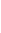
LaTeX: s\! \! \! \! \! \! \! \! \! \! \! \! =\! \! \! \! \! \! \! \! \! \! \! \! \sigma\! \! \! \! \! \! \! \! \! \! \! \! _{\! }\! \! \! \! \! \! \! \! \! \! \! 1\! \! \! \! \! \! \! \! \! \! \! \! (u\! \! \! \! \! \! \! \! \! \! \! \! )\! \! \! \! \! \! \! \! \! \! \! \! \! \! \! \! \! \! \! \! \! \! \! \! :\! \! \! \! \! \! \! \! \! \! \! \! =\! \! \! \! \! \! \! \! \! \! \! \! (\! \! \! \! \! \! \! \! \! \! \! \! 1\! \! \! \! \! \! \! \! \! \! \! \! -\! \! \! \! \! \! \! \! \! \! \! \! \phi\! \! \! \! \! \! \! \! \! \! \! \! ^{\! \! \! \! \! \! \! \! \! \! \! \! -\! \! \! \! \! \! \! \! \! \! \! \! 1}\! \! \! \! \! \! \! \! \! \! \! \! (u\! \! \! \! \! \! \! \! \! \! \! \! \! \! \! \! \! \! \! \! \! \! \! \! +\! \! \! \! \! \! \! \! \! \! \! \! \! \! \! \! \! \! \! \! \! \! \! \! 1\! \! \! \! \! \! \! \! \! \! \! \! )\! \! \! \! \! \! \! \! \! \! \! \! )\! \! \! \! \! \! \! \! \! \! \! \! /\! \! \! \! \! \! \! \! \! \! \! \! 2\! \! \! \! \! \! \! \! \! \! \!